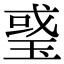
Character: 𤦂